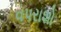
વપરાશો